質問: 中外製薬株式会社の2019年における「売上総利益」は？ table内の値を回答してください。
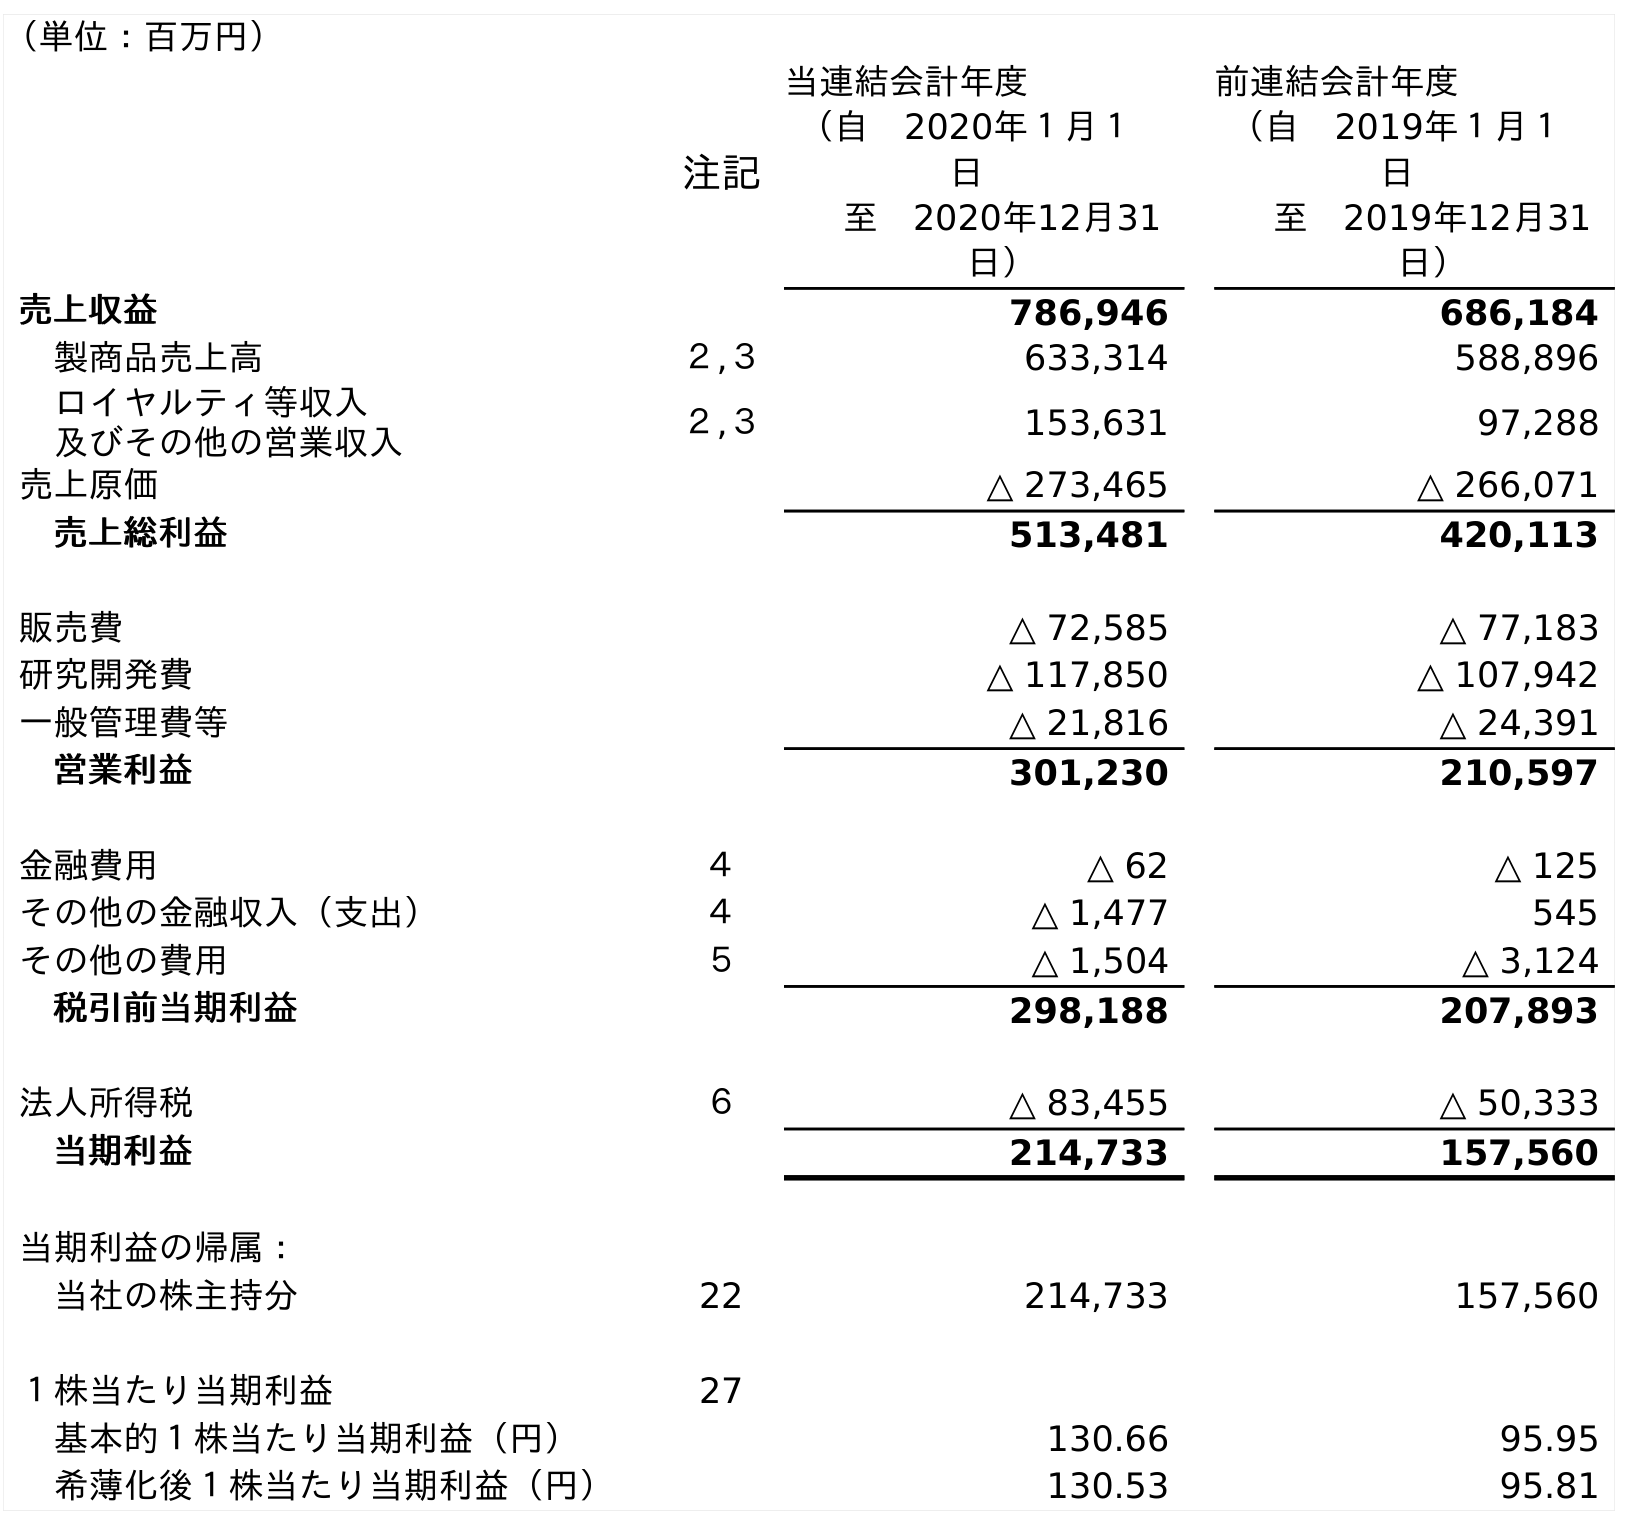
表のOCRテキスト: （単位：百万円） 注記 当連結会計年度 （自 2020年１月１ 日 至 2020年12月31 日） 前連結会計年度 （自 2019年１月１ 日 至 2019年12月31 日） 売上収益 786,946 686,184 製商品売上高 ２,３ 633,314 588,896 ロイヤルティ等収入 及びその他の営業収入 ２,３ 153,631 97,288 売上原価 △ 273,465 △ 266,071 売上総利益 513,481 420,113 販売費 △ 72,585 △ 77,183 研究開発費 △ 117,850 △ 107,942 一般管理費等 △ 21,816 △ 24,391 営業利益 301,230 210,597 金融費用 ４ △ 62 △ 125 その他の金融収入（支出） ４ △ 1,477 545 その他の費用 ５ △ 1,504 △ 3,124 税引前当期利益 298,188 207,893 法人所得税 ６ △ 83,455 △ 50,333 当期利益 214,733 157,560 当期利益の帰属： 当社の株主持分 22 214,733 157,560 １株当たり当期利益 27 基本的１株当たり当期利益（円） 130.66 95.95 希薄化後１株当たり当期利益（円） 130.53 95.81
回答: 420,113